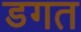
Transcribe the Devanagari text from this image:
डगत